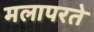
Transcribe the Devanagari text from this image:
मलापरते